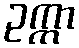
ဥက္ကာ